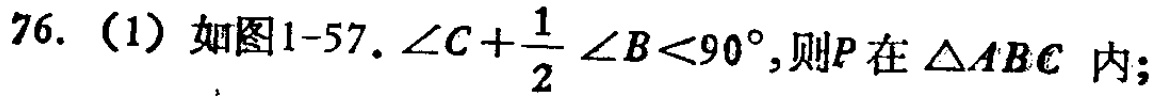
76. （1）如图1-57. $\angle C+\frac{1}{2}\angle B<90^{\circ}$,则$P$在$\triangle ABC$内;